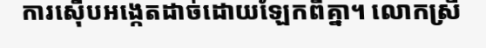
ការស៊ើបអង្កេតដាច់ដោយឡែកពីគ្នា។ លោកស្រី